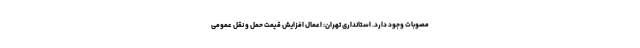
مصوبات وجود دارد. استانداری تهران: اعمال افزایش قیمت حمل و نقل عمومی